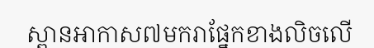
ស្ពានអាកាស៧មករាផ្នែកខាងលិចលើ